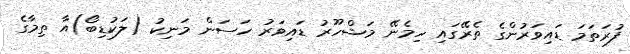
ފުރަތަމަ ޑައިވަރުންގެ ތެރޭގައި ހިމެނޭ މަޝްހޫރު ޑައިވަރު ހަސަން މަނިކު (ލަކުޑިބޯ)އާ ތިމާގެ